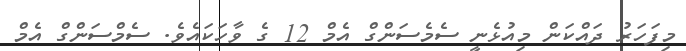
މިފަހަރު ދައްކަން މިއުޅެނީ ސެމެސަންގް އެމް 12 ގެ ވާހަކައެވެ. ސެމްސަންގް އެމް